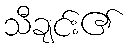
သီချင်း၏